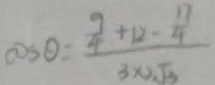
\cos \theta = \frac { \frac { 9 } { 4 } + 1 2 - \frac { 1 7 } { 4 } } { 3 \times 2 \sqrt { 3 } }